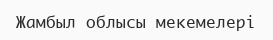
Жамбыл облысы мекемелері